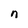
Character: n